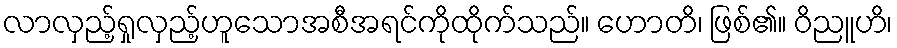
လာလှည့်ရှုလှည့်ဟူသောအစီအရင်ကိုထိုက်သည်။ ဟောတိ၊ ဖြစ်၏။ ဝိညူဟိ၊